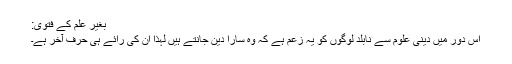
بغیر علم کے فتویٰ:
اس دور میں دینی علوم سے نابلد لوگوں کو یہ زُعم ہے کہ وہ سارا دین جانتے ہیں لہذا ان کی رائے ہی حرف آخر ہے۔